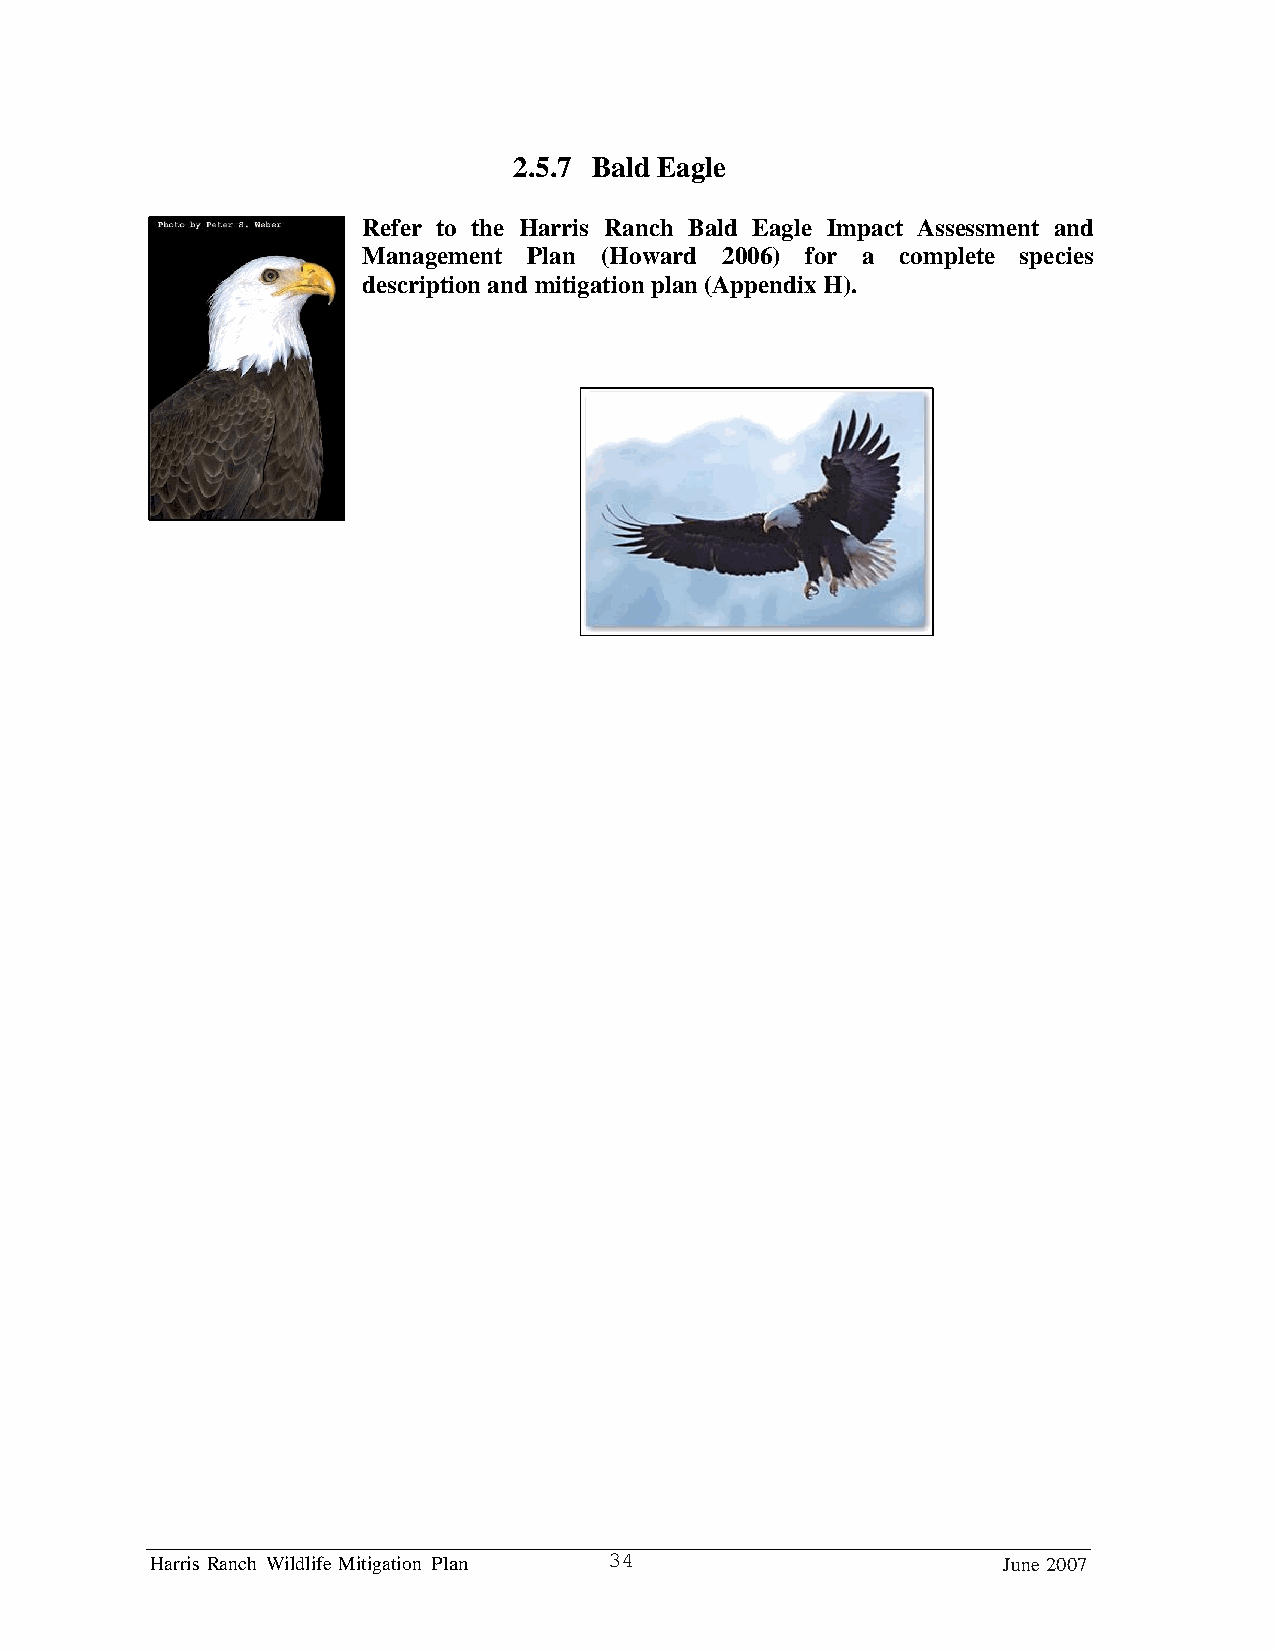
2.5.7 Bald Eagle
 Refer to the Harris Ranch Bald Eagle Impact Assessment and
 Management Plan (Howard 2006) for a complete species
 description and mitigation plan (Appendix H).
 Harris Ranch Wildlife Mitigation Plan 34                June 2007